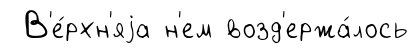
В'е́рхн'яjа н'ем возд'ержа́лось